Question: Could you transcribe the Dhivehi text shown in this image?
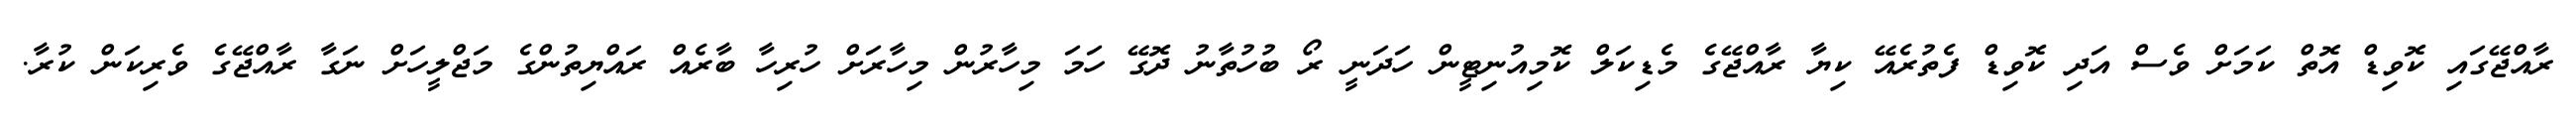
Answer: ރާއްޖޭގައި ކޮވިޑް އޮތް ކަމަށް ވެސް އަދި ކޮވިޑް ފެތުރެއޭ ކިޔާ ރާއްޖޭގެ މެޑިކަލް ކޮމިއުނިޓީން ހަދަނީ ރޯ ބުހުތާނު ދޮގޭ ހަމަ މިހާރުން މިހާރަށް ހުރިހާ ބާރެއް ރައްޔިތުންގެ މަޖްލީހަށް ނަގާ ރާއްޖޭގެ ވެރިކަން ކުރާ.